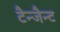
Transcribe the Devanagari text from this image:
टैन्जैन्ट